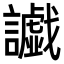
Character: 𮙅